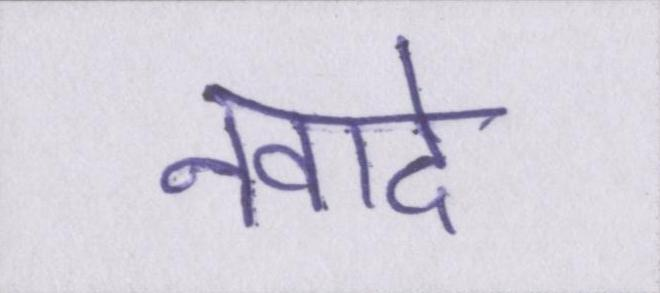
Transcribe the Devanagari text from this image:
नवादे